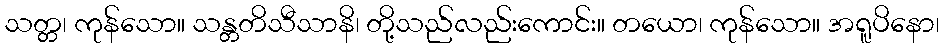
သတ္တ၊ ကုန်သော။ သန္တတိသီသာနိ၊ တို့သည်လည်းကောင်း။ တယော၊ ကုန်သော။ အရူပိနော၊